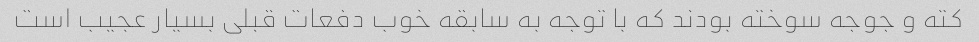
کته و جوجه سوخته بودند که با توجه به سابقه خوب دفعات قبلی بسیار عجیب است